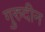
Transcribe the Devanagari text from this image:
गुरुदीन